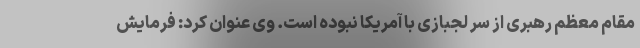
مقام معظم رهبری از سر لجبازی با آمریکا نبوده است. وی عنوان کرد: فرمایش